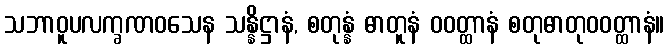
သဘာဝူပလက္ခဏဝသေန သန္နိဋ္ဌာနံ, စတုန္နံ ဓာတူနံ ဝဝတ္ထာနံ စတုဓာတုဝဝတ္ထာနံ။